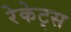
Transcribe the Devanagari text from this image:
रेकेट्स